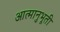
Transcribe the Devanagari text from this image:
आत्मानुभूती